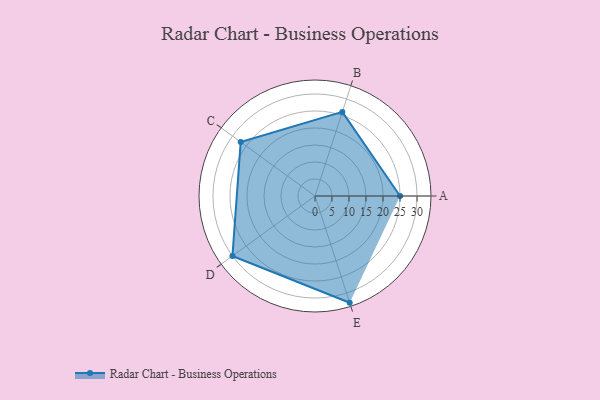
{"axis": {"x": "Skill", "y": "Score"}, "legend": ["Profile"], "data": [{"x": "A", "y": 25.0, "type": "Profile"}, {"x": "B", "y": 26.0, "type": "Profile"}, {"x": "C", "y": 27.0, "type": "Profile"}, {"x": "D", "y": 30.0, "type": "Profile"}, {"x": "E", "y": 33.0, "type": "Profile"}]}